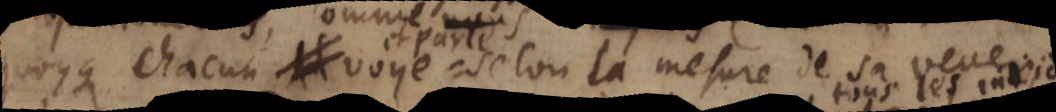
quoyque chacun voye selon la mesure de sa veue.